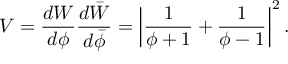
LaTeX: V = \frac { d W } { d \phi } \frac { d \bar { W } } { d \bar { \phi } } = \left| \frac { 1 } { \phi + 1 } + \frac { 1 } { \phi - 1 } \right| ^ { 2 } .